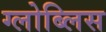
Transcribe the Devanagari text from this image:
ग्लोब्लिस